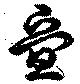
畳